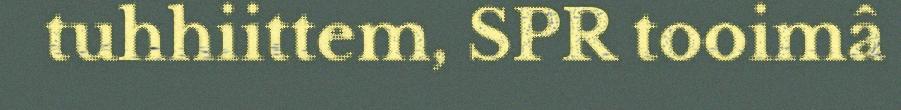
tuhhiittem, SPR tooimâ